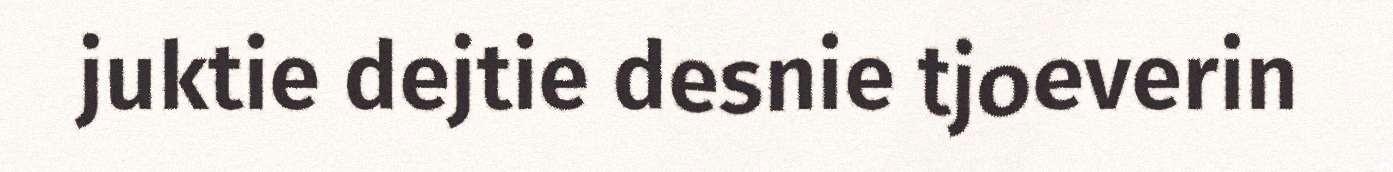
juktie dejtie desnie tjoeverin